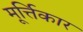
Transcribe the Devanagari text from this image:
मूर्त्तिकार